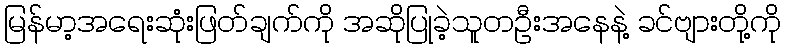
မြန်မာ့အရေးဆုံးဖြတ်ချက်ကို အဆိုပြုခဲ့သူတဦးအနေနဲ့ ခင်ဗျားတို့ကို